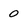
Character: 0